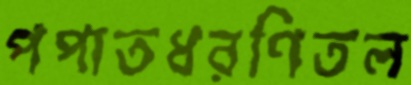
পপাতধরণিতল